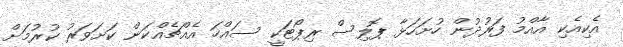
އެކިއެކި އާއްމު ފަރުދުން ހުށަހަޅާ ޕޮލިސް ރިޕޯޓަކީ ސައްހަ އެއްޗެއްކަން ކަށަވަރު ކުރުމަށް